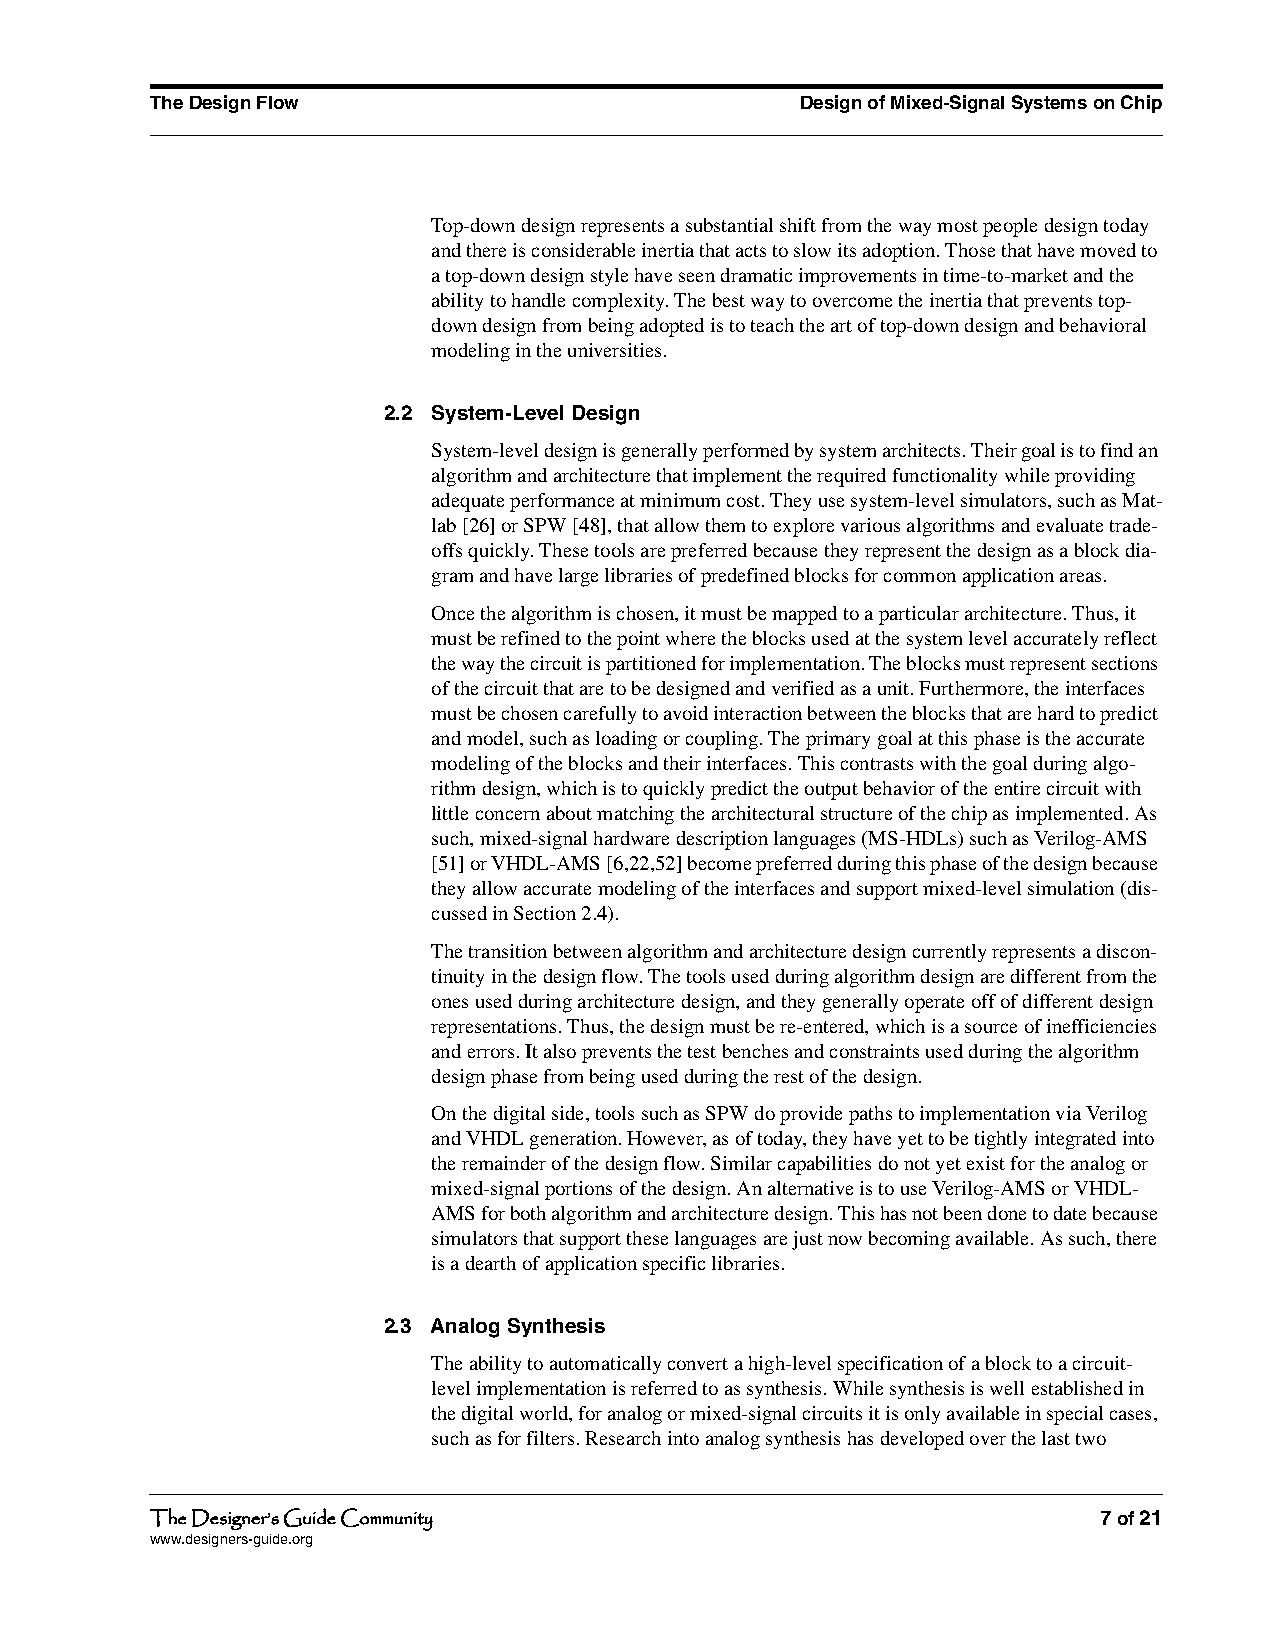
The Design Flow                            Design of Mixed-Signal Systems on Chip
 Top-down design represents a substantial shift from the way most people design today
 and there is considerable inertia that acts to slow its adoption. Those that have moved to
 a top-down design style have seen dramatic improvements in time-to-market and the
 ability to handle complexity. The best way to overcome the inertia that prevents top-
 down design from being adopted is to teach the art of top-down design and behavioral
 modeling in the universities.
 2.2 System-Level Design
 System-level design is generally performed by system architects. Their goal is to find an
 algorithm and architecture that implement the required functionality while providing
 adequate performance at minimum cost. They use system-level simulators, such as Mat-
 lab [26] or SPW [48], that allow them to explore various algorithms and evaluate trade-
 offs quickly. These tools are preferred because they represent the design as a block dia-
 gram and have large libraries of predefined blocks for common application areas.
 Once the algorithm is chosen, it must be mapped to a particular architecture. Thus, it
 must be refined to the point where the blocks used at the system level accurately reflect
 the way the circuit is partitioned for implementation. The blocks must represent sections
 of the circuit that are to be designed and verified as a unit. Furthermore, the interfaces
 must be chosen carefully to avoid interaction between the blocks that are hard to predict
 and model, such as loading or coupling. The primary goal at this phase is the accurate
 modeling of the blocks and their interfaces. This contrasts with the goal during algo-
 rithm design, which is to quickly predict the output behavior of the entire circuit with
 little concern about matching the architectural structure of the chip as implemented. As
 such, mixed-signal hardware description languages (MS-HDLs) such as Verilog-AMS
 [51] or VHDL-AMS [6,22,52] become preferred during this phase of the design because
 they allow accurate modeling of the interfaces and support mixed-level simulation (dis-
 cussed in Section 2.4).
 The transition between algorithm and architecture design currently represents a discon-
 tinuity in the design flow. The tools used during algorithm design are different from the
 ones used during architecture design, and they generally operate off of different design
 representations. Thus, the design must be re-entered, which is a source of inefficiencies
 and errors. It also prevents the test benches and constraints used during the algorithm
 design phase from being used during the rest of the design.
 On the digital side, tools such as SPW do provide paths to implementation via Verilog
 and VHDL generation. However, as of today, they have yet to be tightly integrated into
 the remainder of the design flow. Similar capabilities do not yet exist for the analog or
 mixed-signal portions of the design. An alternative is to use Verilog-AMS or VHDL-
 AMS for both algorithm and architecture design. This has not been done to date because
 simulators that support these languages are just now becoming available. As such, there
 is a dearth of application specific libraries.
 2.3 Analog Synthesis
 The ability to automatically convert a high-level specification of a block to a circuit-
 level implementation is referred to as synthesis. While synthesis is well established in
 the digital world, for analog or mixed-signal circuits it is only available in special cases,
 such as for filters. Research into analog synthesis has developed over the last two
 The Designer’s Guide Community                                 7 of 21
 www.designers-guide.org